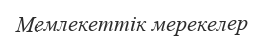
Мемлекеттік мерекелер